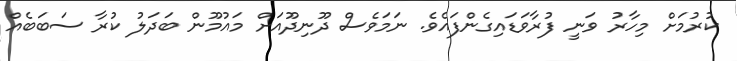
ކުރުމަށް މިހާރު ވަނީ ފުރާވަޑައިގެންފައެވެ. ނަމަވެސް ދޫނިދޫއަށް މައުމޫން ބަދަލު ކުރާ ސަބަބެއް